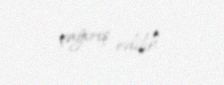
çağırış edilib.